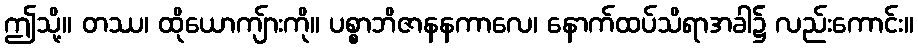
ဤသို့။ တဿ၊ ထိုယောကျ်ားကို။ ပစ္စာဘိဇာနနကာလေ၊ နောက်ထပ်သိရာအခါ၌ လည်းကောင်း။